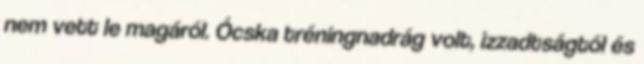
nem vett le magáról. Ócska tréningnadrág volt, izzadtságtól és